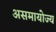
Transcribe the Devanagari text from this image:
असमायोज्य